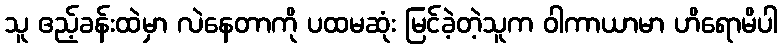
သူ ဧည့်ခန်းထဲမှာ လဲနေတာကို ပထမဆုံး မြင်ခဲ့တဲ့သူက ဝါကာယာမာ ဟိရောမိပါ